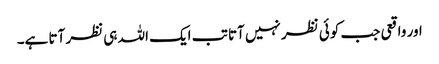
اور واقعی جب کوئی نظر نہیں آتا تب ایک اللہ ہی نظر آتا ہے۔